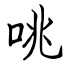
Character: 咷